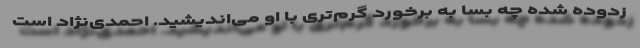
زدوده شده چه بسا به برخورد گرم‌تری با او می‌اندیشید. احمدی‌نژاد است